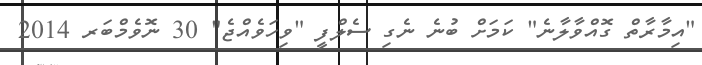
"އިމާރާތް ގޮއްވާލާނެ" ކަމަށް ބުނެ ނެގި ސެލްފީ "ވިހަވެއްޖެ" 30 ނޮވެމްބަރ 2014